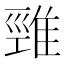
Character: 𨿋